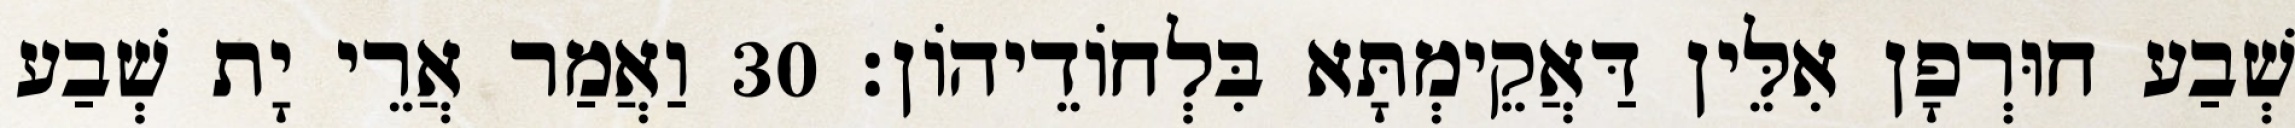
שְׁבַע חוּרְפָן אִלֵּין דַּאֲקֵימְתָּא בִּלְחוֹדֵיהוֹן׃ 30 וַאֲמַר אֲרֵי יָת שְׁבַע